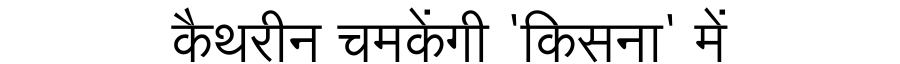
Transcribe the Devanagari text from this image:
कैथरीन चमकेंगी 'किसना' में